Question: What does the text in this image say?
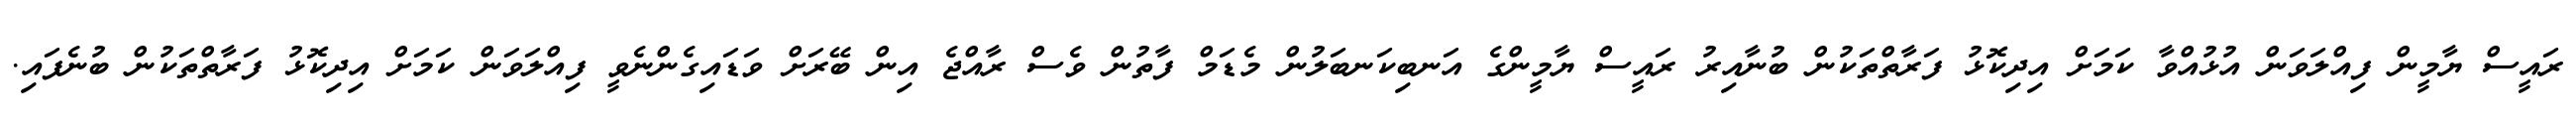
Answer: ރައީސް ޔާމީން ފިއްލަވަން އުޅުއްވާ ކަމަށް އިދިކޮޅު ފަރާތްތަކުން ބުނާއިރު ރައީސް ޔާމީންގެ އަނބިކަނބަލުން މެޑަމް ފާތުން ވެސް ރާއްޖެ އިން ބޭރަށް ވަޑައިގެންނެވީ ފިއްލަވަން ކަމަށް އިދިކޮޅު ފަރާތްތަކުން ބުނެފައި.